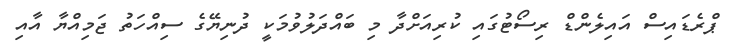
ޕްރެޑައިސް އައިލެންޑް ރިސޯޓުގައި ކުރިއަށްދާ މި ބައްދަލުވުމަކީ ދުނިޔޭގެ ސިއްހަތު ޖަމިއްޔާ އާއި